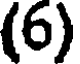
(6)